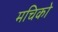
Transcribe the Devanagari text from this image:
मचिको